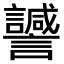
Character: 𧭻